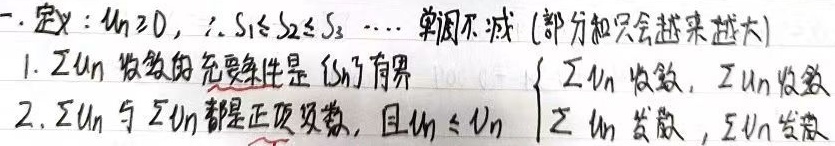
一. 定义：对于任意 \(n\geq0\)，有 \(S_1\leq S_2\leq S_3\cdots\)，即数列单调不减（部分和只会越来越大）。
1. \(\sum u_n\) 收敛的充要条件是 \(\{S_n\}\) 有界。
2. 若 \(\sum u_n\) 与 \(\sum v_n\) 都是正项级数，且 \(u_n\leq v_n\)，则
\(\begin{cases}
\text{若 }\sum v_n\text{ 收敛}，则\sum u_n\text{ 收敛}\\
\text{若 }\sum u_n\text{ 发散}，则\sum v_n\text{ 发散}
\end{cases}\)